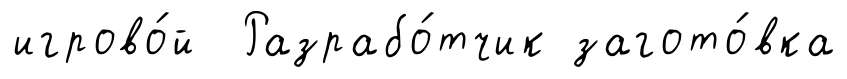
игрово́й Разрабо́тчик загото́вка